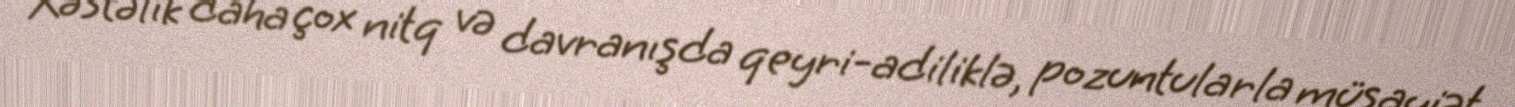
Xəstəlik daha çox nitq və davranışda qeyri-adiliklə, pozuntularla müşayiət